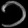
Digit: ၁